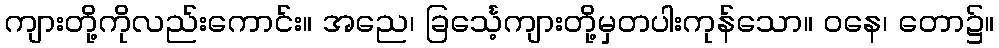
ကျားတို့ကိုလည်းကောင်း။ အညေ၊ ခြင်္သေ့ကျားတို့မှတပါးကုန်သော။ ဝနေ၊ တော၌။